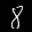
Label: 8